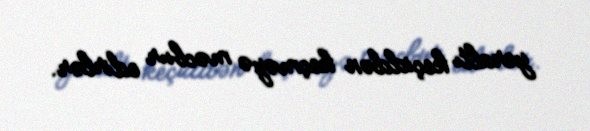
yeraltı keçiddən keçməyə məcbur edirlər.